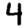
Digit: 4